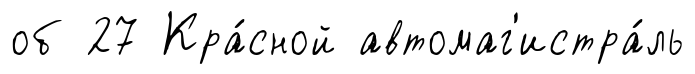
об 27 Кра́сной автомаг'истра́ль